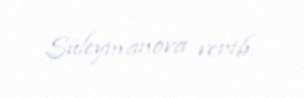
Süleymanova verib.